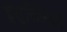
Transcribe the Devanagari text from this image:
इंसुलिनकी